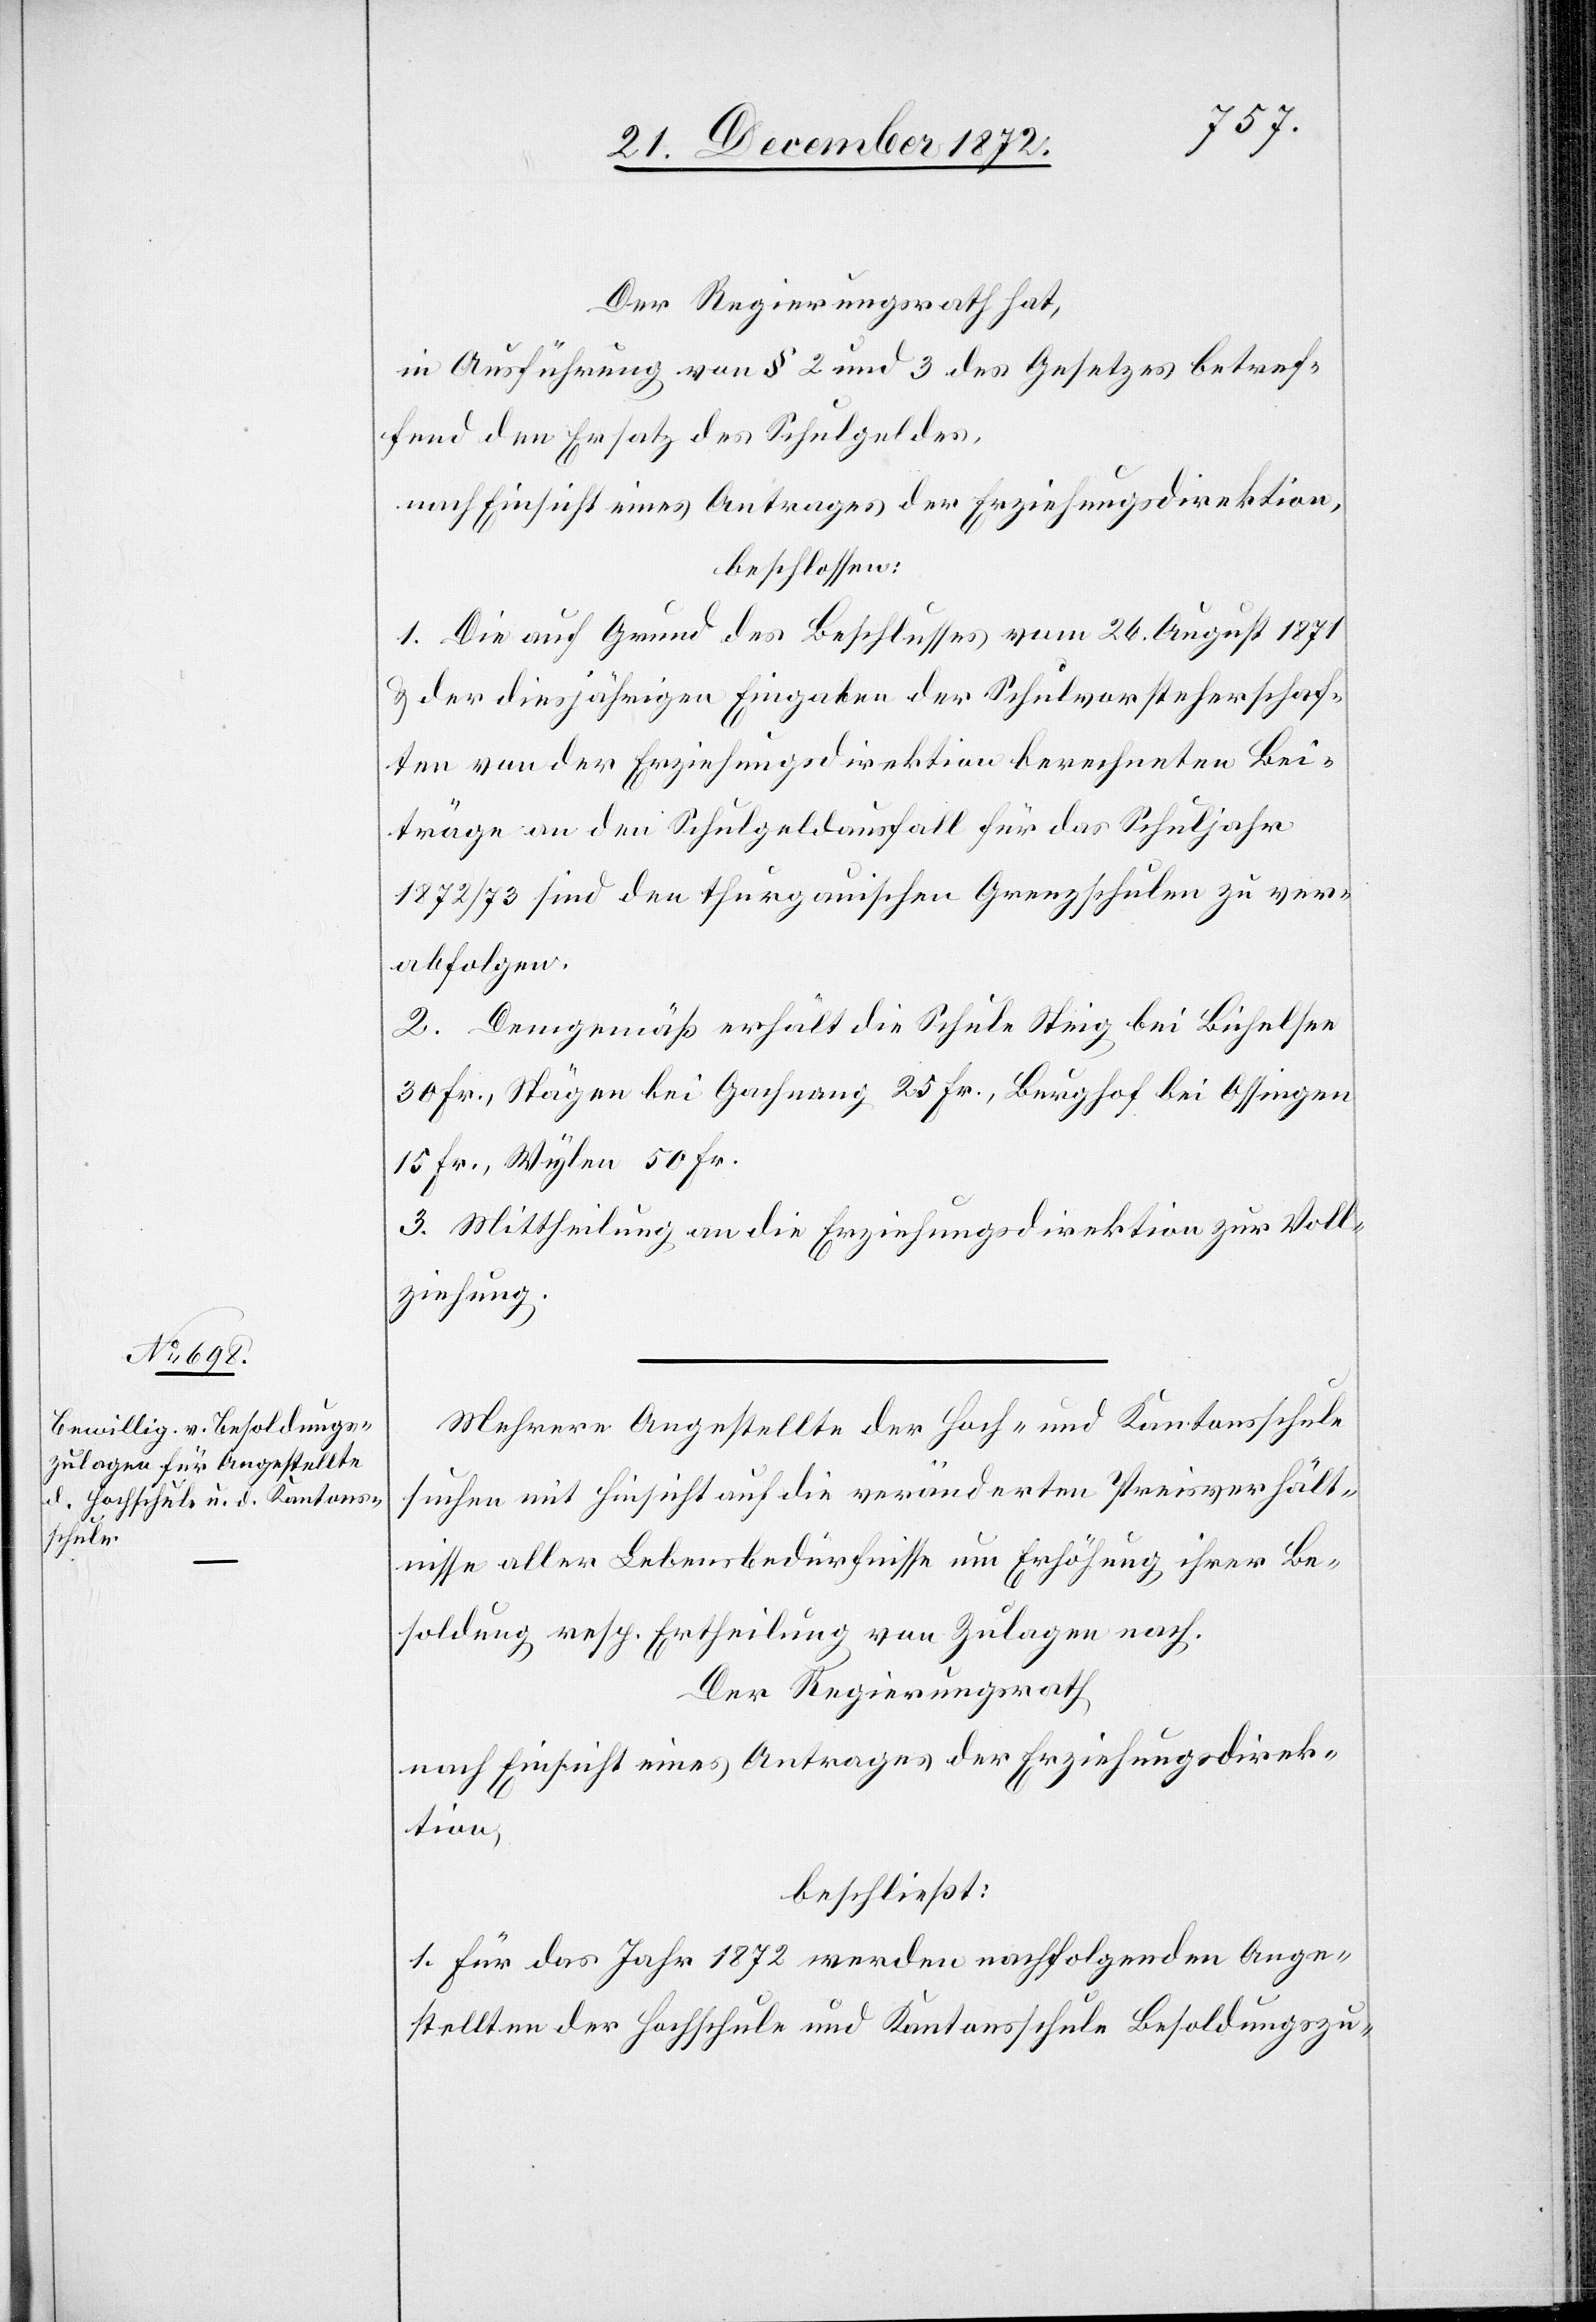
Der Regierungsrath hat,
in Ausführung von § 2 und 3 des Gesetzes betref¬
fend den Ersatz des Schulgeldes,
nach Einsicht eines Antrages der Erziehungsdirektion,
beschlossen:
1. Die auf Grund des Beschlusses vom 26. August 1871
u. der diesjährigen Eingaben der Schulvorsteherschaf¬
ten von der Erziehungsdirektion berechneten Bei¬
träge an den Schulgeldausfall für das Schuljahr
1872/73 sind den thurgauischen Grenzschulen zu ver¬
abfolgen.
2. Demgemäß erhält die Schule Steig bei Bichelsee
30 Fr., Stägen bei Gachnang 25 Fr., Burghof bei Ossingen
15 Fr., Wylen 50 Fr.
3. Mittheilung an die Erziehungsdirektion zur Voll¬
ziehung.
Mehrere Angestellte der Hoch- und Kantonsschule
suchen mit Hinsicht auf die veränderten Preisverhält¬
nisse aller Lebensbedürfnisse um Erhöhung ihrer Be¬
soldung resp. Ertheilung von Zulagen nach.
Der Regierungsrath
beschließt:
1. Für das Jahr 1872 werden nachfolgende Ange¬
stellten der Hochschule und Kantonsschule Besoldungszu-